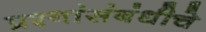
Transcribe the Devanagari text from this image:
प्रश्नांसंबंधीचे